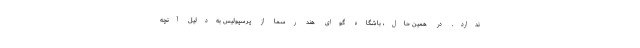
ندارد. در همین حال، باشگاه گوای هند رسما از پرسپولیس به‌دلیل آنچه